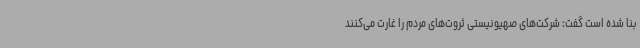
بنا شده است گفت: شرکت‌های صهیونیستی ثروت‌های مردم را غارت می‌کنند